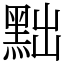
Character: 黜